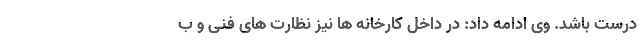
درست باشد. وی ادامه داد: در داخل کارخانه ها نیز نظارت های فنی و ب